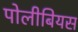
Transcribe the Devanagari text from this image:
पोलीबियस